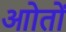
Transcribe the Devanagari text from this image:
आोतों